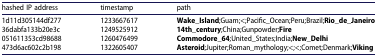
<table><thead><tr><td><b>hashed IP address</b></td><td><b>timestamp</b></td><td><b>path</b></td></tr></thead><tbody><tr><td>1d11d305144df277</td><td>1233667617</td><td><b>Wake_Island</b>;Guam;&lt;;Pacific_Ocean;Peru;Brazil;<b>Rio_de_Janeiro</b></td></tr><tr><td>36dabfa133b20e3c</td><td>1249525912</td><td><b>14th_century</b>;China;Gunpowder;<b>Fire</b></td></tr><tr><td>051611353cd98688</td><td>1260476499</td><td><b>Commodore_64</b>;United_States;India;<b>New_Delhi</b></td></tr><tr><td>473d6ac602c2b198</td><td>1322605407</td><td><b>Asteroid</b>;Jupiter;Roman_mythology;&lt;;&lt;;Comet;Denmark;<b>Viking</b></td></tr></tbody></table>